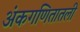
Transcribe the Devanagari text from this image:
अंकगणितातली